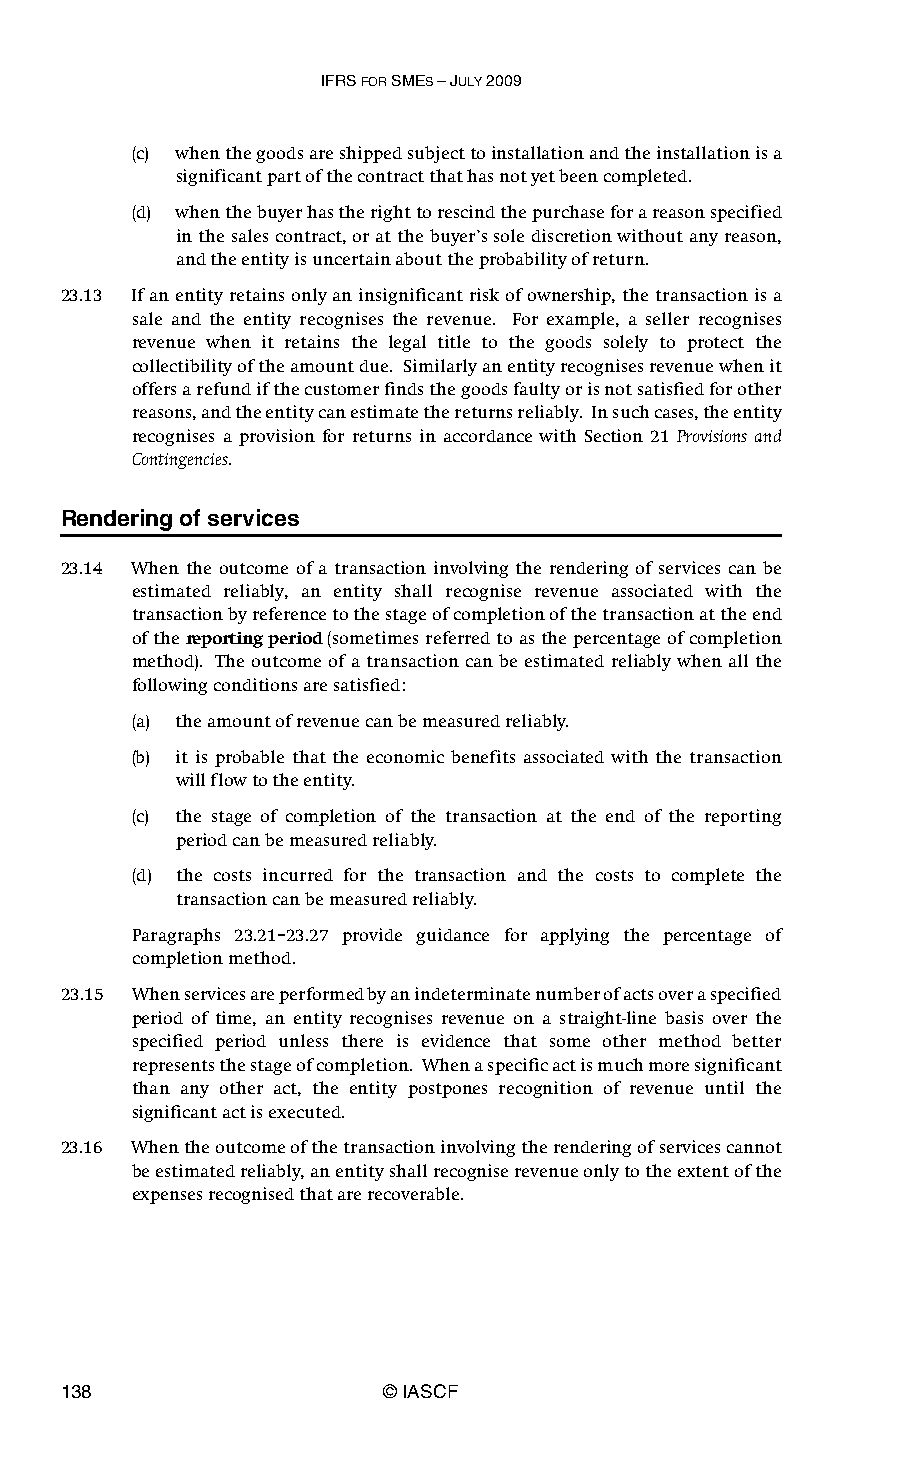
IFRS FOR SMES – JULY 2009
 (c) when the goods are shipped subject to installation and the installation is a
 significant part of the contract that has not yet been completed.
 (d) when the buyer has the right to rescind the purchase for a reason specified
 in the sales contract, or at the buyer’s sole discretion without any reason,
 and the entity is uncertain about the probability of return.
 23.13 If an entity retains only an insignificant risk of ownership, the transaction is a
 sale and the entity recognises the revenue. For example, a seller recognises
 revenue when it retains the legal title to the goods solely to protect the
 collectibility of the amount due. Similarly an entity recognises revenue when it
 offers a refund if the customer finds the goods faulty or is not satisfied for other
 reasons, and the entity can estimate the returns reliably. In such cases, the entity
 recognises a provision for returns in accordance with Section 21 Provisions and
 Contingencies.
 Rendering of services
 23.14 When the outcome of a transaction involving the rendering of services can be
 estimated reliably, an entity shall recognise revenue associated with the
 transaction by reference to the stage of completion of the transaction at the end
 of the reporting period (sometimes referred to as the percentage of completion
 method). The outcome of a transaction can be estimated reliably when all the
 following conditions are satisfied:
 (a) the amount of revenue can be measured reliably.
 (b) it is probable that the economic benefits associated with the transaction
 will flow to the entity.
 (c) the stage of completion of the transaction at the end of the reporting
 period can be measured reliably.
 (d) the costs incurred for the transaction and the costs to complete the
 transaction can be measured reliably.
 Paragraphs 23.21–23.27 provide guidance for applying the percentage of
 completion method.
 23.15 When services are performed by an indeterminate number of acts over a specified
 period of time, an entity recognises revenue on a straight-line basis over the
 specified period unless there is evidence that some other method better
 represents the stage of completion. When a specific act is much more significant
 than any other act, the entity postpones recognition of revenue until the
 significant act is executed.
 23.16 When the outcome of the transaction involving the rendering of services cannot
 be estimated reliably, an entity shall recognise revenue only to the extent of the
 expenses recognised that are recoverable.
 138                   © IASCF